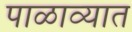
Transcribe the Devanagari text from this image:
पाळाव्यात